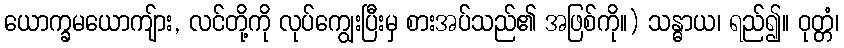
ယောက္ခမယောကျ်ား, လင်တို့ကို လုပ်ကျွေးပြီးမှ စားအပ်သည်၏ အဖြစ်ကို။) သန္ဓာယ၊ ရည်၍။ ဝုတ္တံ၊